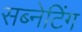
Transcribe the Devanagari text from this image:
सब्नेटिंग